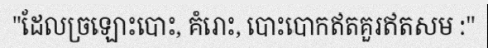
"ដែលច្រឡោះបោះ, គំរោះ, បោះបោកឥតគួរឥតសម :"